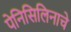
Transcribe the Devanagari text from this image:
पेनिसिलिनाचे